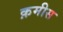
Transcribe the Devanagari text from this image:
क़मीस